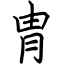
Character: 胄